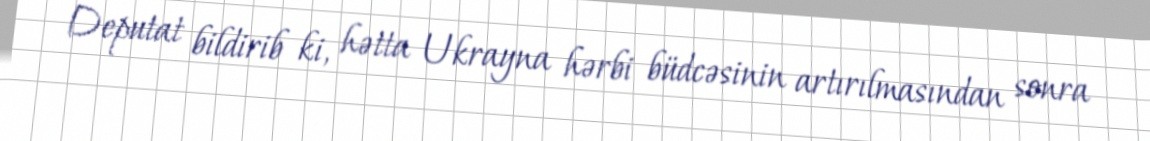
Deputat bildirib ki, hətta Ukrayna hərbi büdcəsinin artırılmasından sonra